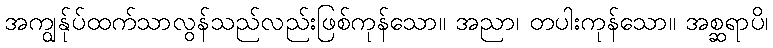
အကျွန်ုပ်ထက်သာလွန်သည်လည်းဖြစ်ကုန်သော။ အညာ၊ တပါးကုန်သော။ အစ္ဆရာပိ၊